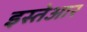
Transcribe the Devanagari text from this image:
इस्तेआर